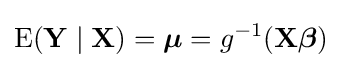
\operatorname {E} (\mathbf {Y} \mid \mathbf {X} )={\boldsymbol {\mu }}=g^{-1}(\mathbf {X} {\boldsymbol {\beta }})